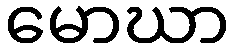
မောဃာ